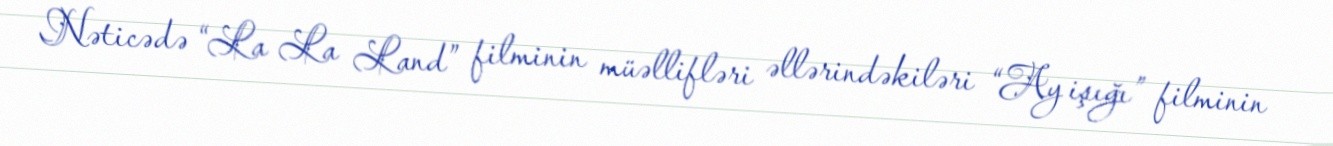
Nəticədə “La La Land” filminin müəllifləri əllərindəkiləri “Ay işığı” filminin